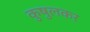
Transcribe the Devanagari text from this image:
कुषुलकर